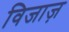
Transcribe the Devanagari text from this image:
विजाज़